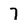
Character: 7